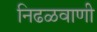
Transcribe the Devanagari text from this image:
निढळवाणी